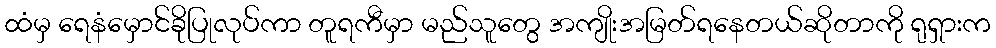
ထံမှ ရေနံမှောင်ခိုပြုလုပ်ကာ တူရကီမှာ မည်သူတွေ အကျိုးအမြတ်ရနေတယ်ဆိုတာကို ရုရှားက